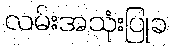
လမ်းအသုံးပြုခ